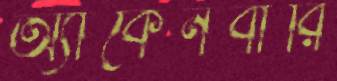
অ্যাকেনবারি